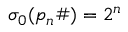
\sigma _ { 0 } ( p _ { n } \# ) = 2 ^ { n }